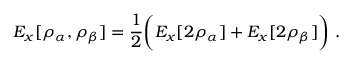
E _ { x } [ \rho _ { \alpha } , \rho _ { \beta } ] = { \frac { 1 } { 2 } } { \bigg ( } E _ { x } [ 2 \rho _ { \alpha } ] + E _ { x } [ 2 \rho _ { \beta } ] { \bigg ) } \ .